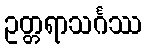
ဥတ္တရာသင်္ဂဿ